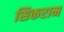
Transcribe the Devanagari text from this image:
सिकराम